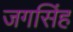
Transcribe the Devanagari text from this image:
जगसिंह